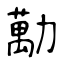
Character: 勱